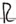
Text: R